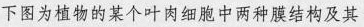
下图为植物的某个叶肉细胞中两种膜结构及其